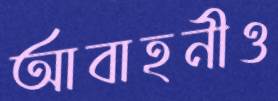
আবাহনীও